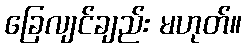
ခြေလျင်ချည်း မဟုတ်။